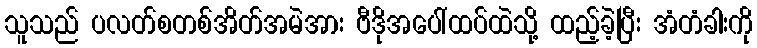
သူသည် ပလတ်စတစ်အိတ်အမဲအား ဗီဒိုအပေါ်ထပ်ထဲသို့ ထည့်ခဲ့ပြီး အံတံခါးကို